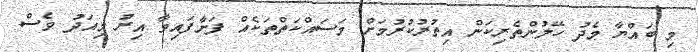
މި ބައްޔާ މެދު ހޭލުންތެރިކަން އިތުރުކުރުމަށް މަސައްކަތްތަކެއް ފަށާފައިވާ އިރު މިއަދު ވެސް